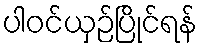
ပါဝင်ယှဉ်ပြိုင်ရန်